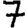
Digit: 7